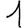
Digit: 1